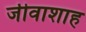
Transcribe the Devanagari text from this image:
जीवाशाह